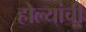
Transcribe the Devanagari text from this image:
होल्यांची